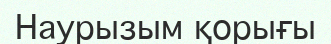
Наурызым қорығы